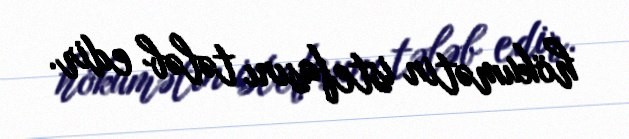
hökumətin istefasını tələb edir.